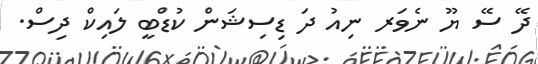
ދޭ ސޭ ޔޫ ނެވަރ ނިއު ދަ ޑިސިޝަން ކުޑްބީ ލައިކް ދިސް.